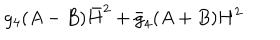
LaTeX: g _ { 4 } ( A - B ) \bar { H } ^ { 2 } + \bar { g } _ { 4 } ( A + B ) H ^ { 2 }